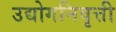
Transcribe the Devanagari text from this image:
उद्योगनिवृत्ती